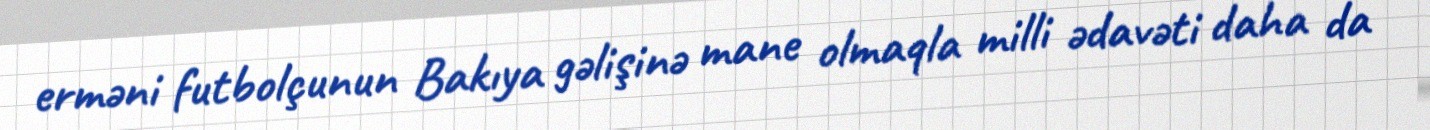
erməni futbolçunun Bakıya gəlişinə mane olmaqla milli ədavəti daha da